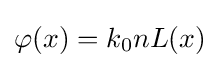
\varphi (x)=k_{0}nL(x)